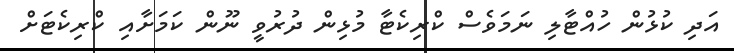
އަދި ކުޅުން ހުއްޓާލި ނަމަވެސް ކްރިކެޓާ މުޅިން ދުރުވީ ނޫން ކަމަށާއި ކްރިކެޓަށް